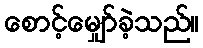
စောင့်မျှော်ခဲ့သည်။